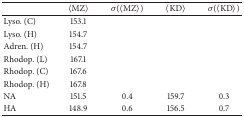
<table><thead><tr><td><b> </b></td><td><b>〈MZ〉</b></td><td><b><i>σ</i>(〈MZ〉)</b></td><td><b>〈KD〉</b></td><td><b><i>σ</i>(〈KD〉)</b></td></tr></thead><tbody><tr><td>Lyso. (C)</td><td>153.1</td><td> </td><td> </td><td> </td></tr><tr><td>Lyso. (H)</td><td>154.7</td><td> </td><td> </td><td> </td></tr><tr><td>Adren. (H)</td><td>154.7</td><td> </td><td> </td><td> </td></tr><tr><td>Rhodop. (L)</td><td>167.1</td><td> </td><td> </td><td> </td></tr><tr><td>Rhodop. (C)</td><td>167.6</td><td> </td><td> </td><td> </td></tr><tr><td>Rhodop. (H)</td><td>167.8</td><td> </td><td> </td><td> </td></tr><tr><td>NA</td><td>151.5</td><td>0.4</td><td>159.7</td><td>0.3</td></tr><tr><td>HA</td><td>148.9</td><td>0.6</td><td>156.5</td><td>0.7</td></tr></tbody></table>